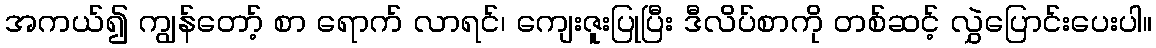
အကယ်၍ ကျွန်တော့် စာ ရောက် လာရင်၊ ကျေးဇူးပြုပြီး ဒီလိပ်စာကို တစ်ဆင့် လွှဲပြောင်းပေးပါ။